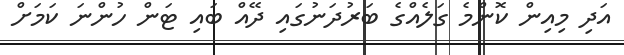
އަދި މިއިން ކޮންމެ ގަލެއްގެ ބަރުދަނުގައި ދޭއް ބައި ޓަން ހުންނަ ކަމަށް